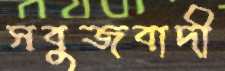
সবুজবাদী